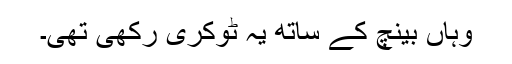
وہاں بینچ کے ساتھ یہ ٹوکری رکھی تھی۔